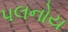
પલનોય